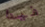
فيدا